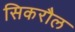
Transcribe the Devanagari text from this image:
सिकरौल